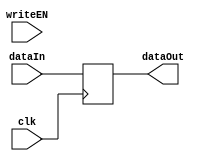
module register(
	input wire [WIDTH-1:0] dataIn, 
	output reg [WIDTH-1:0] dataOut, 
	input clk, 
	input writeEN
);
parameter WIDTH = 32;


always @ (posedge clk)
begin
	if (clk == 1)
		dataOut = dataIn;
end
endmodule